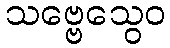
သဗ္ဗေသွေဝ